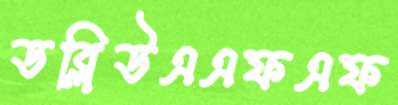
ডব্লিউএএফএফ